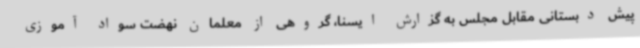
پیش دبستانی مقابل مجلس به گزارش ایسنا، گروهی از معلمان نهضت سواد آموزی